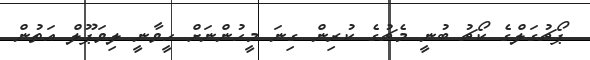
ޕޯޗުގަލްގެ ކޯޗު ބުނީ މެޗުގެ ކުރިން ގިނަ މީހުންނަށް ހީވާނީ ލިވަޕޫލް އަތުން